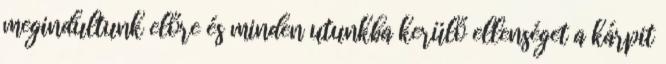
megindultunk előre és minden utunkba kerülő ellenséget a kárpit